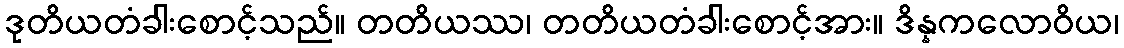
ဒုတိယတံခါးစောင့်သည်။ တတိယဿ၊ တတိယတံခါးစောင့်အား။ ဒိန္နကလောဝိယ၊